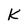
Character: K